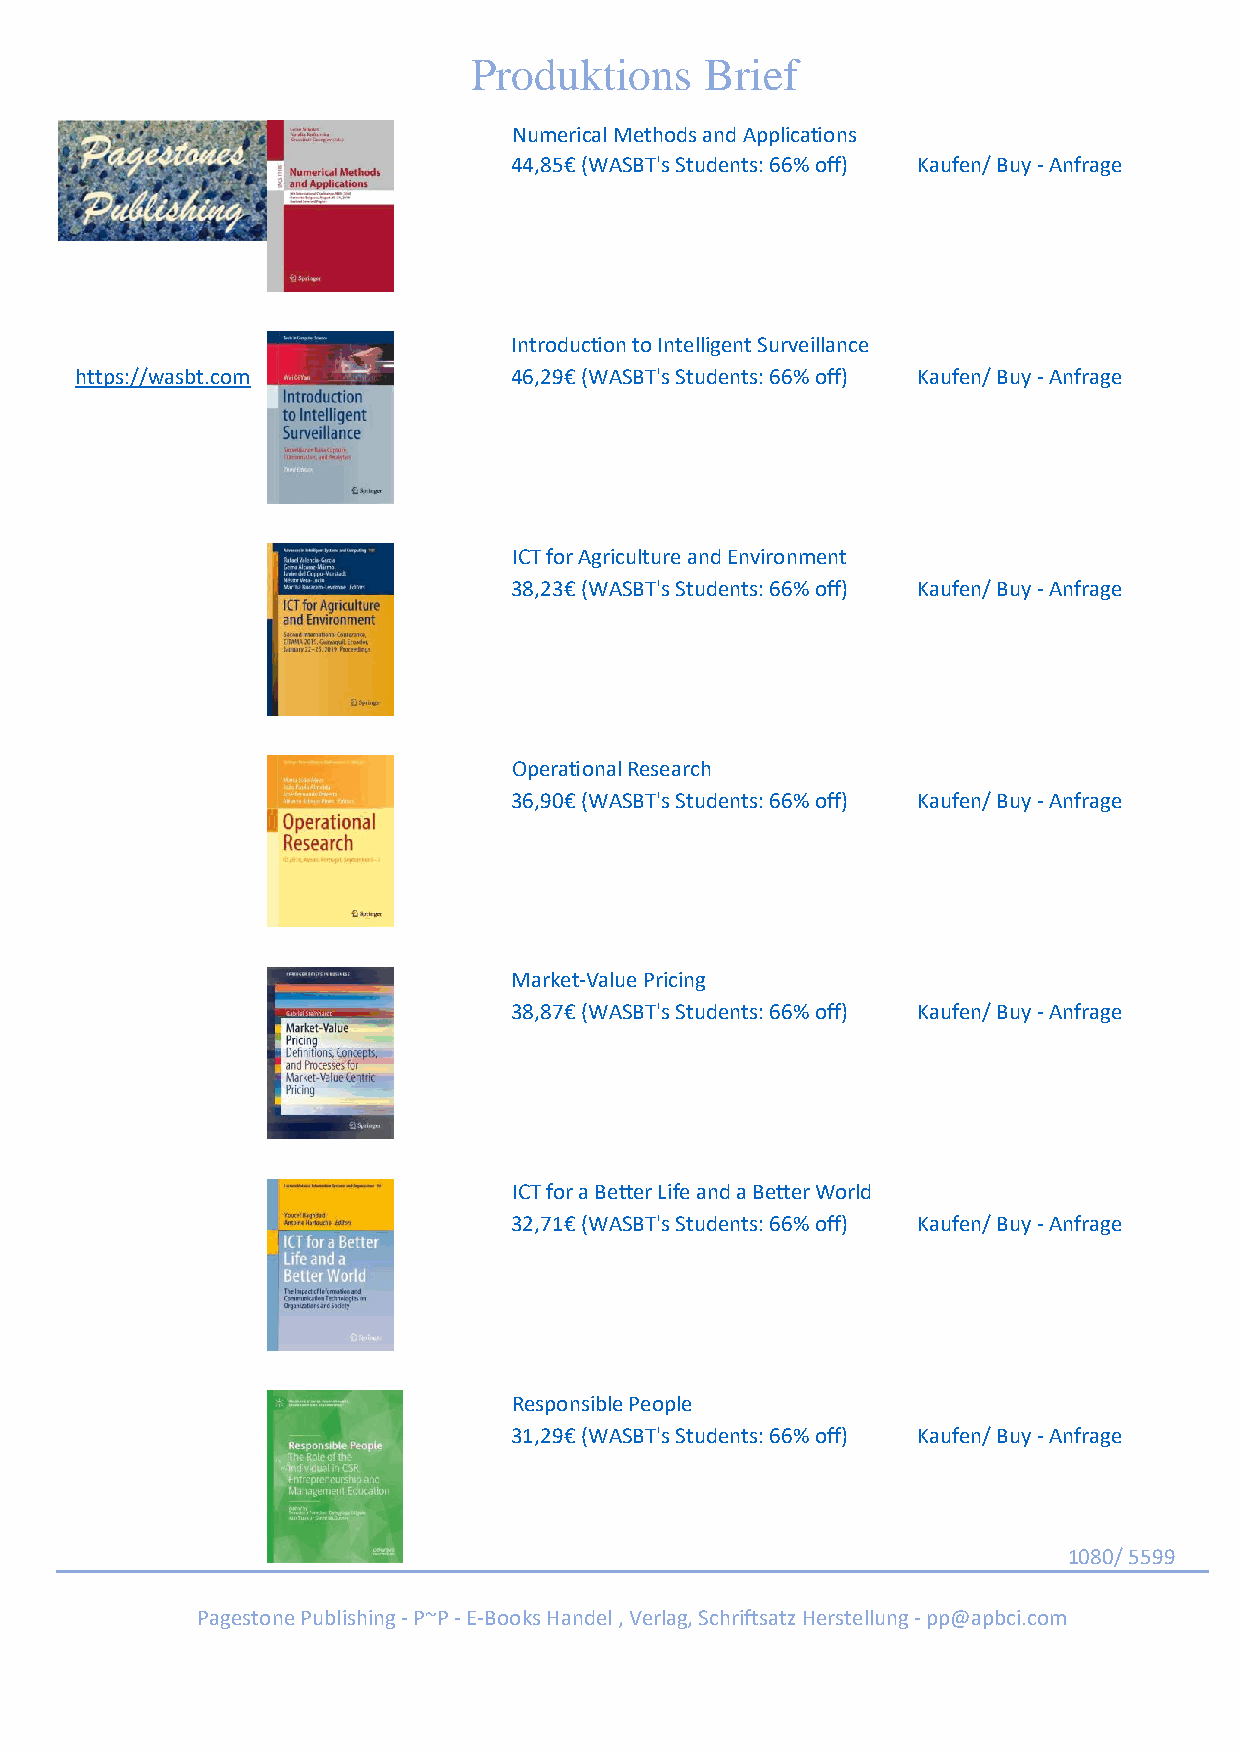
Produktions     Brief
 Numerical Methods and Applications
 44,85€ (WASBT's Students: 66% off) Kaufen/ Buy - Anfrage
 Introduction to Intelligent Surveillance
 https://wasbt.com            46,29€ (WASBT's Students: 66% off) Kaufen/ Buy - Anfrage
 ICT for Agriculture and Environment
 38,23€ (WASBT's Students: 66% off) Kaufen/ Buy - Anfrage
 Operational Research
 36,90€ (WASBT's Students: 66% off) Kaufen/ Buy - Anfrage
 Market-Value Pricing
 38,87€ (WASBT's Students: 66% off) Kaufen/ Buy - Anfrage
 ICT for a Better Life and a Better World
 32,71€ (WASBT's Students: 66% off) Kaufen/ Buy - Anfrage
 Responsible People
 31,29€ (WASBT's Students: 66% off) Kaufen/ Buy - Anfrage
 1080/ 5599
 Pagestone Publishing - P~P - E-Books Handel , Verlag, Schriftsatz Herstellung - pp@apbci.com